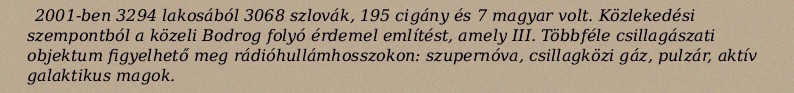
2001-ben 3294 lakosából 3068 szlovák, 195 cigány és 7 magyar volt. Közlekedési szempontból a közeli Bodrog folyó érdemel említést, amely III. Többféle csillagászati objektum figyelhető meg rádióhullámhosszokon: szupernóva, csillagközi gáz, pulzár, aktív galaktikus magok.